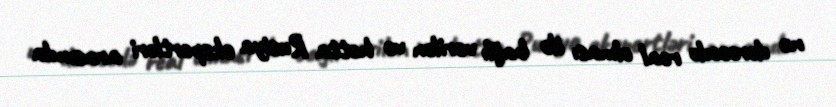
nə dərəcədə real olması ilə bağlı verilən və hətta Rusiya ekspertləri arasında